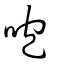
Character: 咆